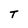
Character: T